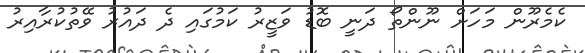
ކެމެރޫން މަހަށް ނޫންތޯ ދަނީ ބޮޑު ވަޒީރު ކަމުގައި ދެ ދައުރު ވޭތުކުރާއިރު